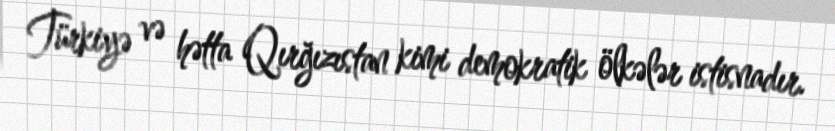
Türkiyə və hətta Qırğızıstan kimi demokratik ölkələr istisnadır.